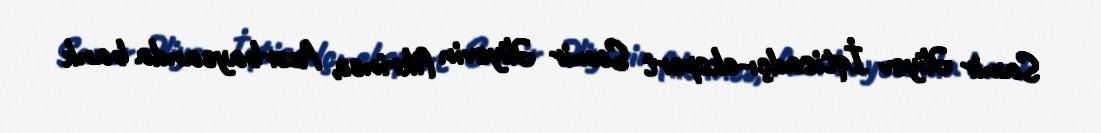
Samir Əliyev İqtisadçı-ekspert Samir Əliyevin fikrincə, Azərbaycanda bank